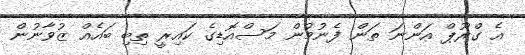
އެ ގްރޫޕް އަންނަ ތަން ފެނުމުން މަސްއޮޑިގެ ކައިރީ ތިބި ބައެއް ޒުވާނުން